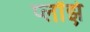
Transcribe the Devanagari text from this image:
प्लॉझ़े